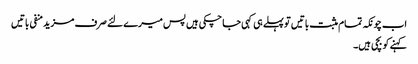
اب چونکہ تمام مثبت باتیں تو پہلے ہی کہی جا چکی ہیں پس میرے لئے صرف مزید منفی باتیں
کہنے کو بچی ہیں۔